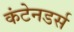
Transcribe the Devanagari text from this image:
कंटेनडर्स